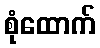
စုံထောက်